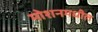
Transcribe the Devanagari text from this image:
मोशनमधील